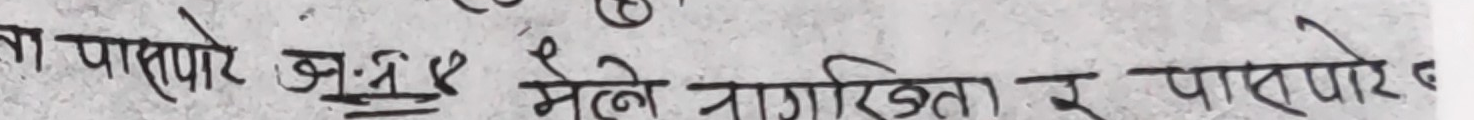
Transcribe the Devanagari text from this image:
ता पाझोरे ओ.एल.ई. भेले नागरिकता र पास्पोरे